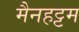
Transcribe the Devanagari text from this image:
मैनहट्टम